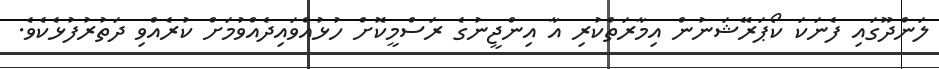
ލަންދޫގައި ފެނަކަ ކޯޕަރޭޝަނުން އިމާރަތްކުރި އާ އިންޖީނުގެ ރަސްމީކޮށް ހުޅުއްވައިދެއްވުމަށް ކުރެއްވި ދަތުރުފުޅެކެވެ.